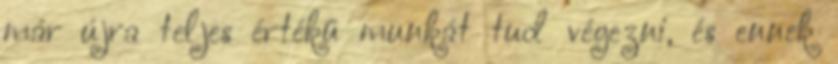
már újra teljes értékű munkát tud végezni, és ennek